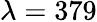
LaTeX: \lambda=379